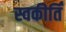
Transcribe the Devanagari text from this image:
स्वकीर्तिं